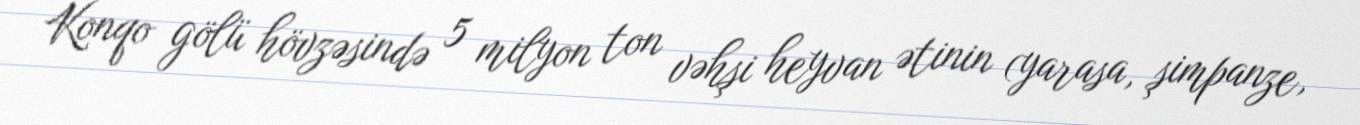
Konqo gölü hövzəsində 5 milyon ton vəhşi heyvan ətinin (yarasa, şimpanze,